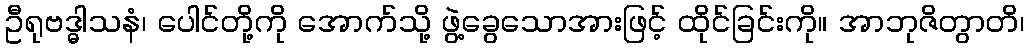
ဦရုဗဒ္ဓါသနံ၊ ပေါင်တို့ကို အောက်သို့ ဖွဲ့ခွေသောအားဖြင့် ထိုင်ခြင်းကို။ အာဘုဇိတွာတိ၊